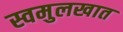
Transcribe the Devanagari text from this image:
स्वमुलखात